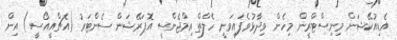
އެޑިއުކޭޝަން މިނިސްޓްރީން މިހެން ވިދާޅުވެފައިވަނީ ހެލްތް އިމްޖެންސީ އޮޕަރޭޝަން ސެންޓަރު (އެޗްއީއޯސީ) އިން